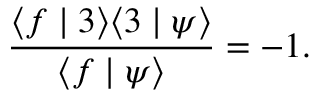
\frac { \langle f \mid 3 \rangle \langle 3 \mid \psi \rangle } { \langle f \mid \psi \rangle } = - 1 .